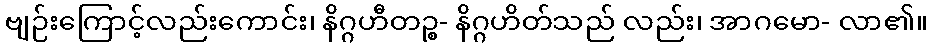
ဗျဉ်းကြောင့်လည်းကောင်း၊ နိဂ္ဂဟီတဉ္စ- နိဂ္ဂဟိတ်သည် လည်း၊ အာဂမော- လာ၏။